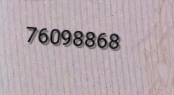
76098868